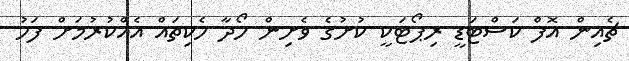
ޗެއިން އޮފް ކަސްޓަޑީ ރިޕޯޓަކީ ކުށުގެ ވެށިން ހޯދާ ހެކިތައް އެއްކުރުމަށް ފަހު